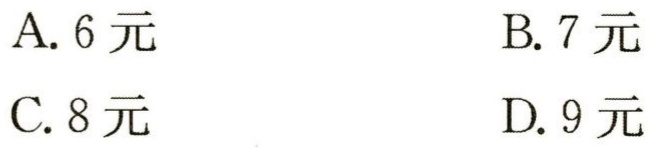
A. 6 元
B. 7 元
C. 8 元
D. 9 元